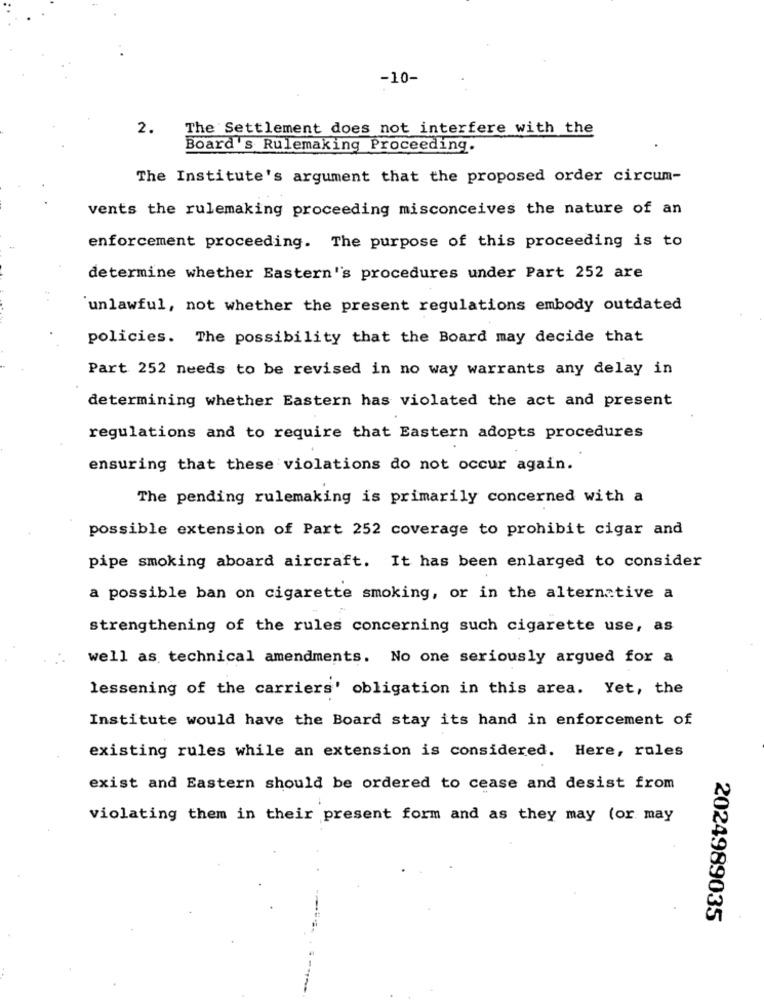
-10-
2.
The Settlement does not interfere with the
Board's Rulemaking Proceeding.
The Institute's argument that the proposed order circum-
vents the rulemaking proceeding misconceives the nature of an
enforcement proceeding. The purpose of this proceeding is to
determine whether Eastern's procedures under Part 252 are
unlawful, not whether the present regulations embody outdated
policies. The possibility that the Board may decide that
Part 252 needs to be revised in no way warrants any delay in
determining whether Eastern has violated the act and present
regulations and to require that Eastern adopts procedures
ensuring that these violations do not occur again.
The pending rulemaking is primarily concerned with a
possible extension of Part 252 coverage to prohibit cigar and
pipe smoking aboard aircraft. It has been enlarged to consider
a possible ban on cigarette smoking, or in the alternative a
strengthening of the rules concerning such cigarette use, as
well as technical amendments. No one seriously argued for a
lessening of the carriers' obligation in this area. Yet, the
Institute would have the Board stay its hand in enforcement of
existing rules while an extension is considered. Here, rules
exist and Eastern should be ordered to cease and desist from
violating them in their present form and as they may (or may
2024989035